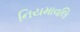
નિયમાવલિ